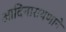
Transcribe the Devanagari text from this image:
आदिनारायणाने